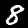
Label: 8